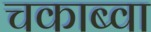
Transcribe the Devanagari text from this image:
चकाब्वा